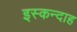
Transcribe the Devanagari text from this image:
इस्कन्दाह